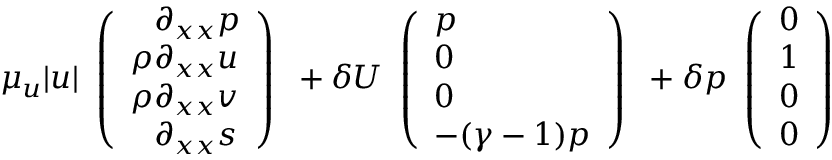
\mu _ { u } | u | \begin{array} { l } { \left( \begin{array} { l } { \phantom { \rho } \partial _ { x x } p } \\ { \rho \partial _ { x x } u } \\ { \rho \partial _ { x x } v } \\ { \phantom { \rho } \partial _ { x x } s } \end{array} \right) } \end{array} + \delta U \begin{array} { l } { \left( \begin{array} { l } { p } \\ { 0 } \\ { 0 } \\ { - ( \gamma - 1 ) p } \end{array} \right) } \end{array} + \delta p \begin{array} { l } { \left( \begin{array} { l } { 0 } \\ { 1 } \\ { 0 } \\ { 0 } \end{array} \right) } \end{array}